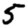
Digit: 5